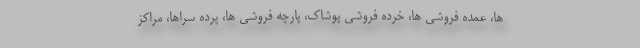
ها، عمده فروشی ها، خرده فروشی پوشاک، پارچه فروشی ها، پرده سراها، مراکز